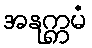
အနုက္ကမံ